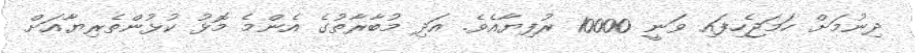
ދިނުމަށް ހަމަޖެހިފައި ވަނީ 10000 ރުފިޔާއެވެ. އަދި މުބާރާތުގެ އެންމެ މޮޅު ކުޅުންތެރިޔާއަށް